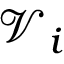
\mathscr { V } _ { i }